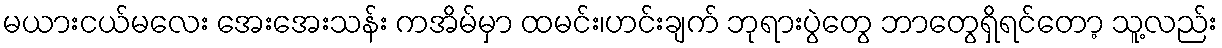
မယားငယ်မလေး အေးအေးသန်း ကအိမ်မှာ ထမင်း၊ဟင်းချက် ဘုရားပွဲတွေ ဘာတွေရှိရင်တော့ သူ့လည်း